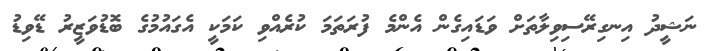
ނަޝީދު އިނގިރޭސިވިލާތަށް ވަޑައިގެން އެންމެ ފުރަތަމަ ކުރެއްވި ކަމަކީ އެގައުމުގެ ބޮޑުވަޒީރު ޑޭވިޑު